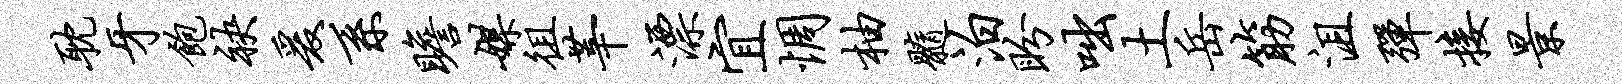
耽牙饱袂爰系瞻媒徂莘漂宜惆柚髓泊盼咄土岳筋沮弹接景